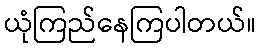
ယုံကြည်နေကြပါတယ်။